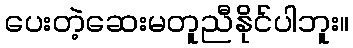
ပေးတဲ့ဆေးမတူညီနိုင်ပါဘူး။